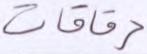
رقاقات